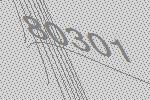
80301